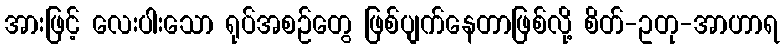
အားဖြင့် လေးပါးသော ရုပ်အစဉ်တွေ ဖြစ်ပျက်နေတာဖြစ်လို့ စိတ်-ဥတု-အာဟာရ